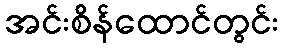
အင်းစိန်ထောင်တွင်း